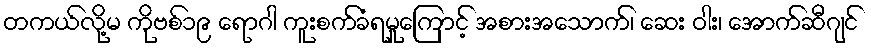
တကယ်လို့မ ကိုဗစ်၁၉ ရောဂါ ကူးစက်ခံရမှုကြောင့် အစားအသောက်၊ ဆေး ဝါး၊ အောက်ဆီဂျင်